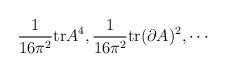
LaTeX: \begin{align*}\frac{1}{16 \pi^2} \mbox{tr} A^4, \frac{1}{16 \pi^2} \mbox{tr} (\partial A)^2, \cdots\end{align*}